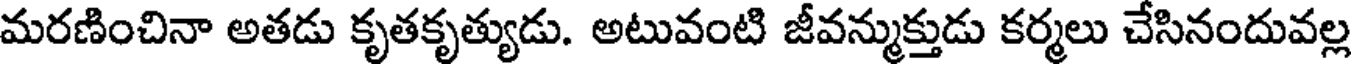
మరణించినా అతడు కృతకృత్యుడు. అటువంటి జీవన్ముక్తుడు కర్మలు చేసినందువల్ల